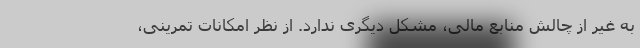
به غیر از چالش منابع مالی، مشکل دیگری ندارد. از نظر امکانات تمرینی،